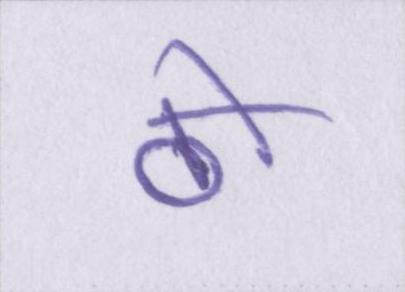
ठो